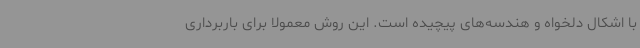
با اشکال دلخواه و هندسه‌های پیچیده است. این روش معمولا برای باربرداری